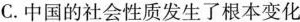
C.中国的社会性质发生了根本变化